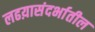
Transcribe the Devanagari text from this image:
लढय़ासंदर्भातील